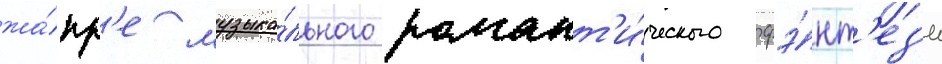
жа́нр'е музыка́льного романт'и́ческого фэ́нт'ез'и